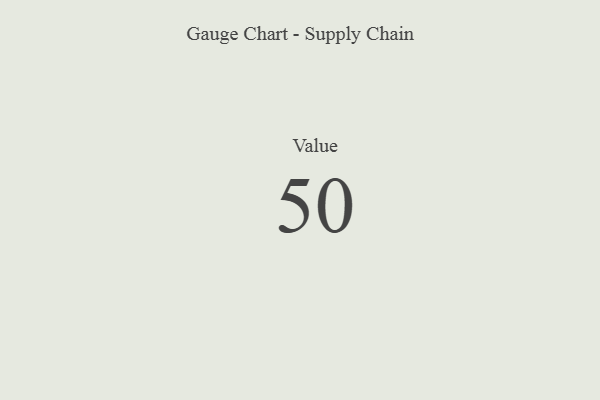
{"axis": {"x": "Metric", "y": "Value"}, "legend": [""], "data": [{"x": "Value", "y": 50, "type": ""}]}